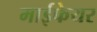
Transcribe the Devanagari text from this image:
माईफेयर